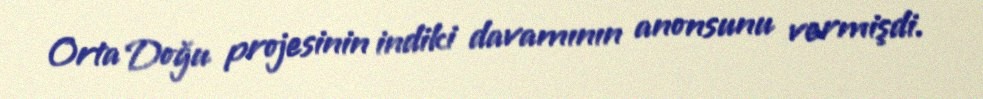
Orta Doğu projesinin indiki davamının anonsunu vermişdi.